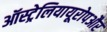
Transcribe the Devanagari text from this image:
ऑस्ट्रेलियायूरोपऔर